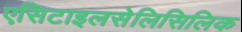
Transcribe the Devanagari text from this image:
एसिटाइलसेलिसिलिक